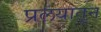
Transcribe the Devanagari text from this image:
प्रलयातून